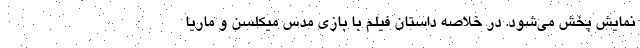
نمایش پخش می‌شود. در خلاصه داستان فیلم با بازی مدس میکلسن و ماریا